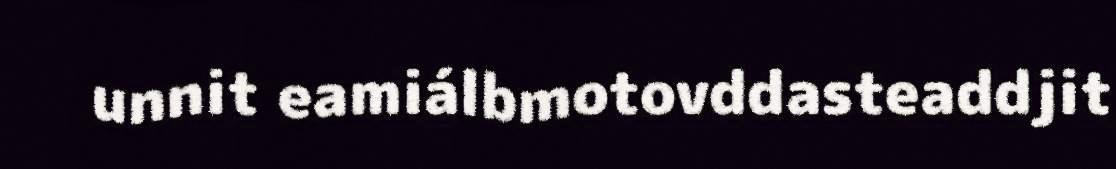
unnit eamiálbmotovddasteaddjit